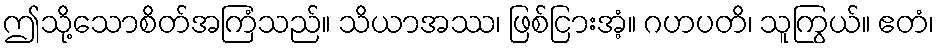
ဤသို့သောစိတ်အကြံသည်။ သိယာအဿ၊ ဖြစ်ငြားအံ့။ ဂဟပတိ၊ သူကြွယ်။ ဧတံ၊